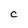
Character: C